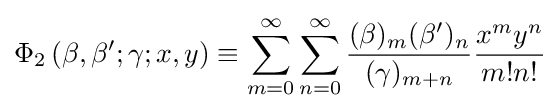
\Phi _{2}\left(\beta ,\beta ';\gamma ;x,y\right)\equiv \sum _{m=0}^{\infty }\sum _{n=0}^{\infty }{\frac {(\beta )_{m}(\beta ')_{n}}{(\gamma )_{m+n}}}{\frac {x^{m}y^{n}}{m!n!}}